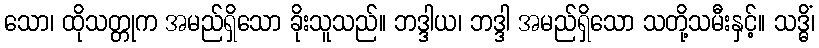
သော၊ ထိုသတ္တုက အမည်ရှိသော ခိုးသူသည်။ ဘဒ္ဒါယ၊ ဘဒ္ဒါ အမည်ရှိသော သတို့သမီးနှင့်။ သဒ္ဓိံ၊